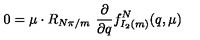
0 = \mu \cdot R _ { { N \pi } / m } \ { \frac { \partial } { \partial q } } f _ { I _ { 2 } ( m ) } ^ { N } ( q , \mu )